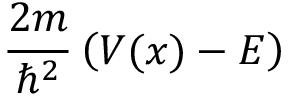
{ \frac { 2 m } { \hbar ^ { 2 } } } \left( V ( x ) - E \right)